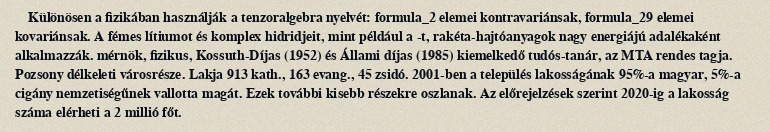
Különösen a fizikában használják a tenzoralgebra nyelvét: formula_2 elemei kontravariánsak, formula_29 elemei kovariánsak. A fémes lítiumot és komplex hidridjeit, mint például a -t, rakéta-hajtóanyagok nagy energiájú adalékaként alkalmazzák. mérnök, fizikus, Kossuth-Díjas (1952) és Állami díjas (1985) kiemelkedő tudós-tanár, az MTA rendes tagja. Pozsony délkeleti városrésze. Lakja 913 kath., 163 evang., 45 zsidó. 2001-ben a település lakosságának 95%-a magyar, 5%-a cigány nemzetiségűnek vallotta magát. Ezek további kisebb részekre oszlanak. Az előrejelzések szerint 2020-ig a lakosság száma elérheti a 2 millió főt.